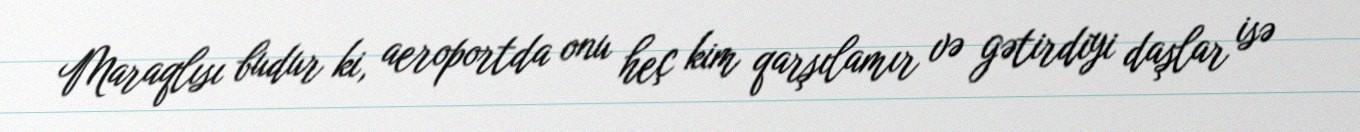
Maraqlısı budur ki, aeroportda onu heç kim qarşılamır və gətirdiyi daşlar isə